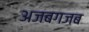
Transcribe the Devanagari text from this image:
अजबगजब